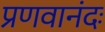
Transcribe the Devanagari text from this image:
प्रणवानंदः